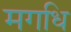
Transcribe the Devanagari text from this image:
मगधि